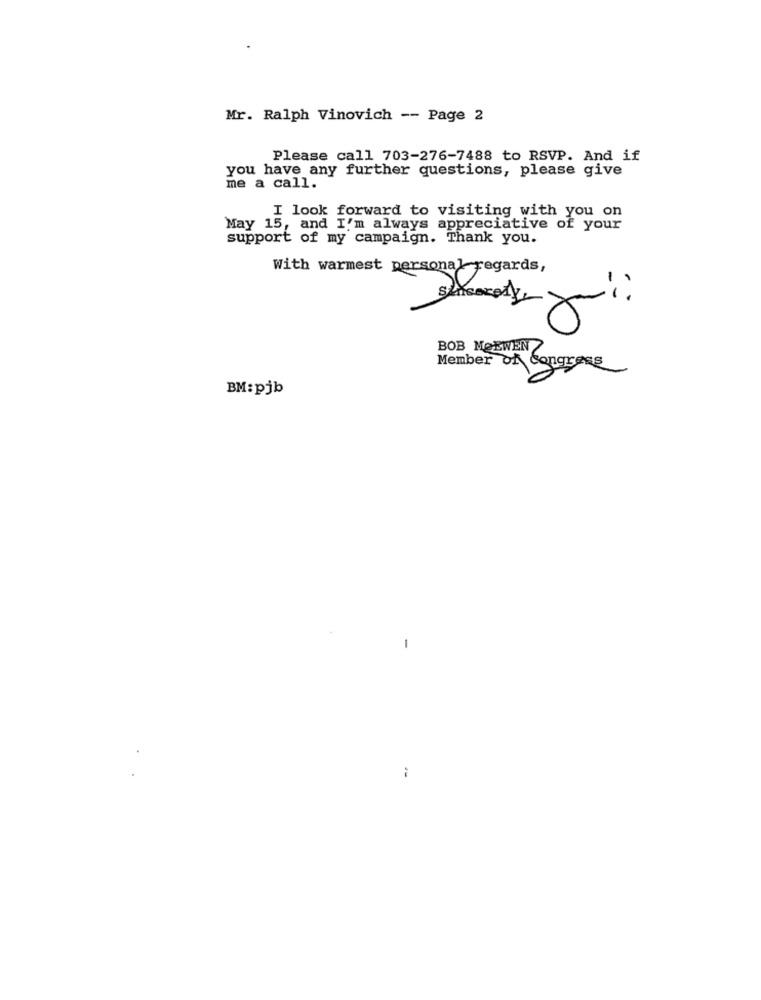
Mr. Ralph Vinovich -- Page 2
Please call 703-276-7488 to RSVP. And if
you have any further questions, please give
me a call.
I look forward to visiting with you on
May 15, and I'm always appreciative of your
support of my campaign. Thank you.
With warmest personal regards,
to
X
BOB MOEWEN
Member of Congress
BM:pjb
-